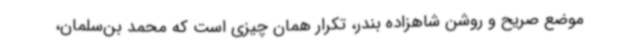
موضع صریح و روشن شاهزاده بندر، تکرار همان چیزی است که محمد بن‌سلمان،